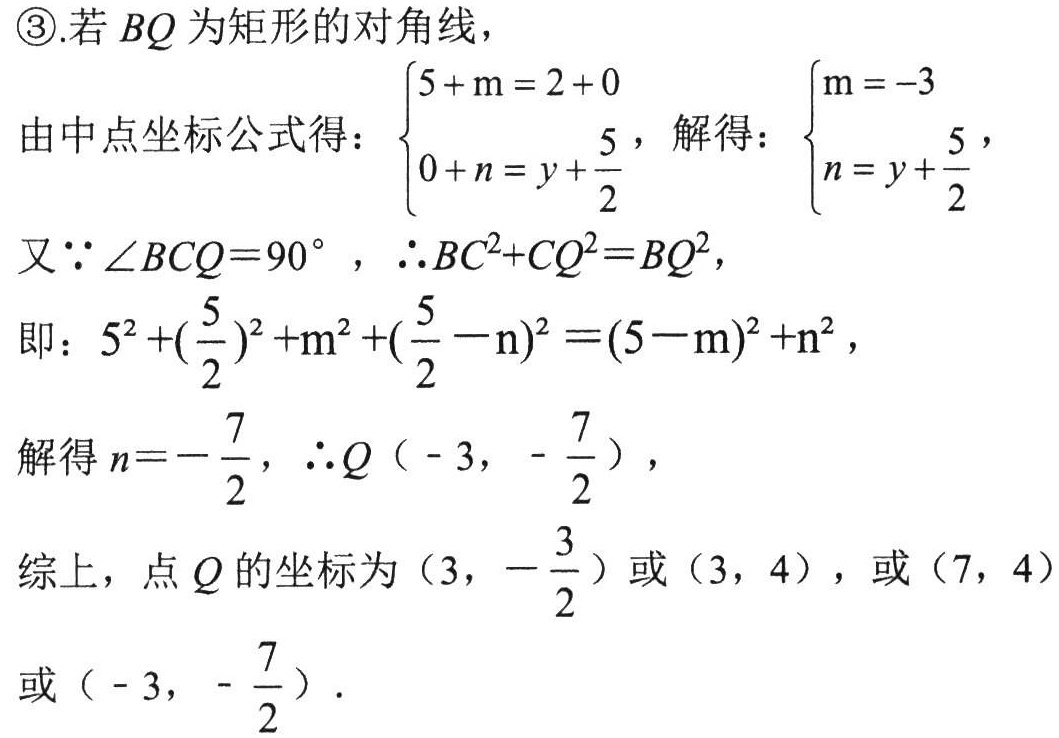
\textcircled{3}.若 \(BQ\) 为矩形的对角线，\\
由中点坐标公式得：\(\begin{cases}5 + \mathrm{m}=2 + 0\\0 + n=y+\dfrac{5}{2}\end{cases}\)，解得：\(\begin{cases}\mathrm{m}=-3\\n=y+\dfrac{5}{2}\end{cases}\)，\\
又\(\because\angle BCQ = 90^{\circ}\)，\(\therefore BC^{2}+CQ^{2}=BQ^{2}\)，\\
即：\(5^{2}+\left(\dfrac{5}{2}\right)^{2}+\mathrm{m}^{2}+\left(\dfrac{5}{2}-\mathrm{n}\right)^{2}=(5 - \mathrm{m})^{2}+\mathrm{n}^{2}\)，\\
解得 \(n =-\dfrac{7}{2}\)，\(\therefore Q\left(-3,-\dfrac{7}{2}\right)\)，\\
综上，点 \(Q\) 的坐标为 \(\left(3,-\dfrac{3}{2}\right)\) 或 \((3,4)\)，或 \((7,4)\) 或 \(\left(-3,-\dfrac{7}{2}\right)\).